King Institute of Preventive Medicine Micro-Biological Section reports 1909-11
Year: 1909
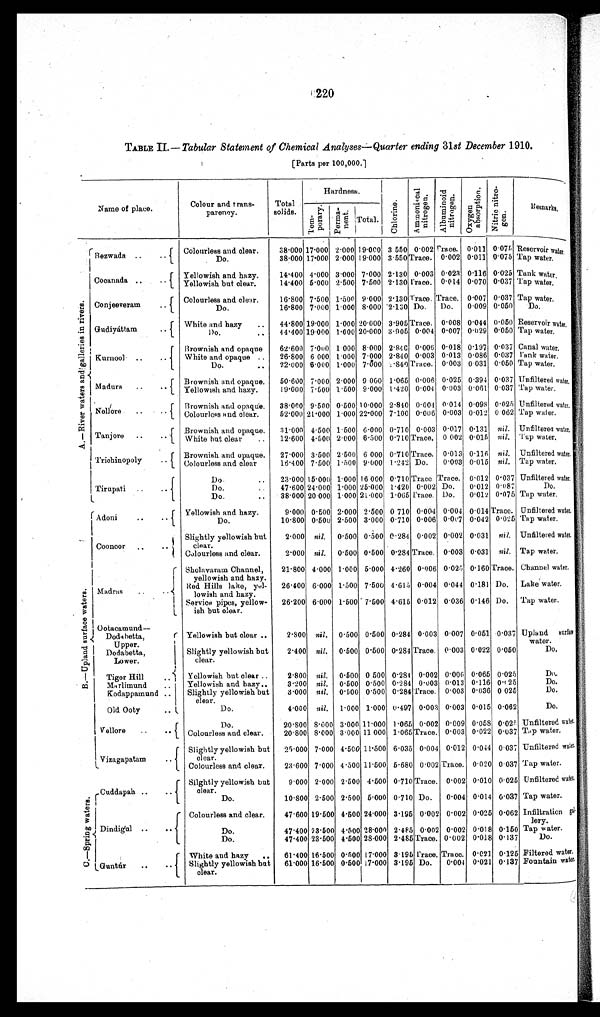
220
TABLE II.— Tabular Statement of Chemical Analyses—Quarter ending 31st December 1.910.
[Parts per 100,000.]
Name of place.
Colour and trans-
parency.
Total
solids.
Hardness.
C h l o r i n e
A m m o n i c a l N i t r o g e n .
A l u m i n o i d n i t r o g e n .
O x y g e n a b s o r p t i o n . N i t r i c n i t r o - g e n
R e m a r k s .
T e m p o r a r y .
P e r m a n e n t .
T o t a l .
A . — R i v e r w a t e r s a n d g a l l e r i e s i n r i v e r s . Rezwada .. ..
Colourless and clear.
Do.
38.000 17.000 2.000 19.000 3.550 0.002 Trace. 0.011 0.075 Reservoir water.
38.000 17.000 2.000 19.000 3.550 Trace. 0.002 0.011 0.075 Tap water.
Cocanada ..
. .
Yellowish and hazy .
Yellowish but
clear
.
14.4004.0003.0007.000
2. 130 0.003 0.023
0. 116
0. 025
Tank water.
14.400 5.0 00 2. 500
7. 500 2130 Trace 0.014
0.070 0.037 Tap water.
Tap water.
Conjeeveram
..
Colourless and clear.
Do.
16.800 7.500 1.500 9.000 2.130 Trace. Trace. 0.007 0.037 Tap water.
16.800 7.000 1. 000
8.000 2.130 Do. Do. 0.009 0.050
Do.
Gudiyáttam
. .
White land hazy
..
Do.
4 4 . 8 0 0
19.000 1.000 20.000 3.905Trace. 0.008 0.004 0.005 Reservoir water.
44.400
19.000 1.60020.000
3 . 9 0 5 0.004 0.007 0. 029
0.050Tap water.
Kurnool ..
..
Brownish and opaque
White and opaque ..
Do.
62.600 7.000 1.000 8.000 2.840 0.006 0.018 0.197 0.037 Canal water.
26.800 6 000 1.000 7.000 2.840 0.003 0.013 0.086 0.037 Tank water.
22.000 6.000 1.000 7.000 2.840 Trace. 0.003 0.031 0.050 Tap water.
Madura ..
..
Brownish and opaque.
Yellowish and hazy.
50.600 7.000 2.000 9 000 1.065 0.006 0.025 0.394 0.037 Unfiltered water.
19.000 7.500 1.500 9.000 1.420 0.004 0.003 0.061 0.037 Tap water.
Nellore
..
.
Brownish and opaque.
Colourless and clear.
38.000 9.500 0.500 10.000 2.840 0.004 0.014 0.098 0.025 Unfiltered water.
52.000 21.000 1.000 22.000 7.100 0.006 0.003 0.012 0.062 Tap water.
Tanjore ..
..
Brownish and opaque White but clear.
31.0004.5001.5006.000 0.7100.003 0.017 0.131 nil. Unfiltered water.
12.600 4.500 2.000 6.500
0.710 Trace 0.002 0.015
nil .
Tap water.
Triohinopoly
..
Brownish and opaque.
Colourless and clear
27.0003.5002.5006.000 0.710Trace.0.013 0.116 nil
Unf i l t er ed wat er .
16.400 7.500 1.500 9.000 1.242 Do.
0.003 0.015 nil. Tap water.
Tirupati ..
..
Do. Do. ..
Do.
..
23.000 15.000 1.000 16 000 0.710 Trace Trace. 0.012 0.037 Unfiltered water.
47.600 24.000 1.000 25.000 1.420 0.002 Do.
0.012 0.087
Do.
38.000 20.000 1.000 21..000 1.065 Trace. Do.
0.012 0.075 Tap water.
B . — U p l a n d s u r f a c e w a t e r s . Adoni
..
..
Yellowish and hazy.
Do
9.000 0.600 2.000 2.500 0.710 0.004 0.004 0.014 Trace. Unfiltered water.
10.800 0.500 2.500 3.000 0.710 0.006 0.007 0.042 0.025 Tap water.
Coonoor
Slightly yellowish but
clear.
Colourless and clear.
2.000 nil. 0.500 0.500 0.284 0.002 0.002 0.031 nil. Unfiltered water.
. 2.000 nil. 0.500 0.500 0.284 Trace. 0.003 0.031 nil. Tap water.
Madras
..
Sholavaram Channel,
yellowish and hazy.
Red Hills lake yel-
lowish and hazy.
Service pipes, yellow-
ish but clear.
21.800 4.000 1.000 5.000 4.260 0.006 0.025 0.160 Trace. Channel water.
26.400 6.000 1.500 7.500 4.615 0.004 0.044 0.181 Do. Lake water.
26.200 6.000 1.500 7.500 4.615 0.012 0.036 0.146 Do. Tap water.
Ootacamund
—
Dodaetta,
Upper.
Dodabetta,
Lower.
Yellowish but clear ..
Slightly yellowish but
clear.
2.800
2.400
nil.
nil.
0.500
0.500
0.500
0'500
0.284
0.284
0.003
Trace.
0.007
0.003
0.051
0.022
0.037
0.050
Upland surface
water.
Do.
Tiger Hill
..
Marlimund
..
Kodappamund ..
Old Ooty
..
Yellowish but clear ..
Yellowish and hazy..
Slightly yellowish but
clear.
Do.
2.800
3.200
3.000
4.000
nil.
nil.
nil.
nil.
0.500
0.500
0.600
1.000
0 500
0.500
0.500
1.000
0.284
0.284
0.284
0.497
0.002
0.003
Trace.
0.003
0.006
0.013
0.003
0.003
0.065
0.116
0.036
0.015
0.025
0.025
0 025
0.062
Do.
Do.
Do.
Do.
Vellore
Do.
Colourless and clear.
20.800 8.000 3.000 11.000 1.065 0.002 0.009 0.058 0.025 Unfiltered water.
20.800 8.000 3.000 11 000 1.065 Trace. 0.003 0.022 0.037 Tap water.
Vizagapatam
..
Slightly yellowish but
clear.
Colourless and clear.
25.000 7.000 4.500 11.500 6.035 0.004 0.012 0.044 0.037 Unfiltered water.
23.600 7.000 4.500 11.500 5.680 0.002 Trace. 0.020 0.037 Tap water.
C . — S p r i n g w a t e r s . Cuddapah ..
..
Slightly yellowish but
clear.
Do.
9.000 2.000 2.500 4.500 0.710 Trace. 0.002 0.010 0.025 Unfiltered water.
10.800 2.500 2.500 5.000 0.710 Do. 0.004 0.014 0.037 Tap water.
Dindigul ..
..
Colourless and clear.
Do.
Do.
47.600 19.500 4.500 24.000 3.195 0.002 0.002 0.025 0.062 Infiltration
gal-lery.
47.400 23.500 4.500 28.000 2.485 0.002 0.002 0.018 0.150 Tap water.
47.400 23.500 4.500 28.000 2.485 Trace. 0.002 0.018 0.137
Do.
Guntúr
..
..
White and hazy
Slightly yellowish but
clear.
61.400 16.500 0.500 17.000 3.195 Trace. Trace. 0.021 0.125 Filtered water.
61.000 16.500 0.500 17.000 3.195 Do. 0.004 0.021 0.137 Fountain water.